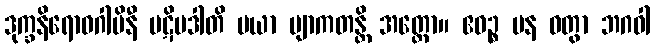
ဒုက္ခနိရောဓဂါမိနီ ပဋိပဒါတိ မယာ ဗျာကတန္တိ အတ္ထော။ ဧဝဉ္စ ပန ဝတွာ ဘဂဝါ